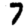
Digit: 7